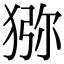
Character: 猕